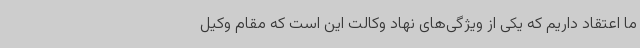
ما اعتقاد داریم که یکی از ویژگی‌های نهاد وکالت این است که مقام وکیل